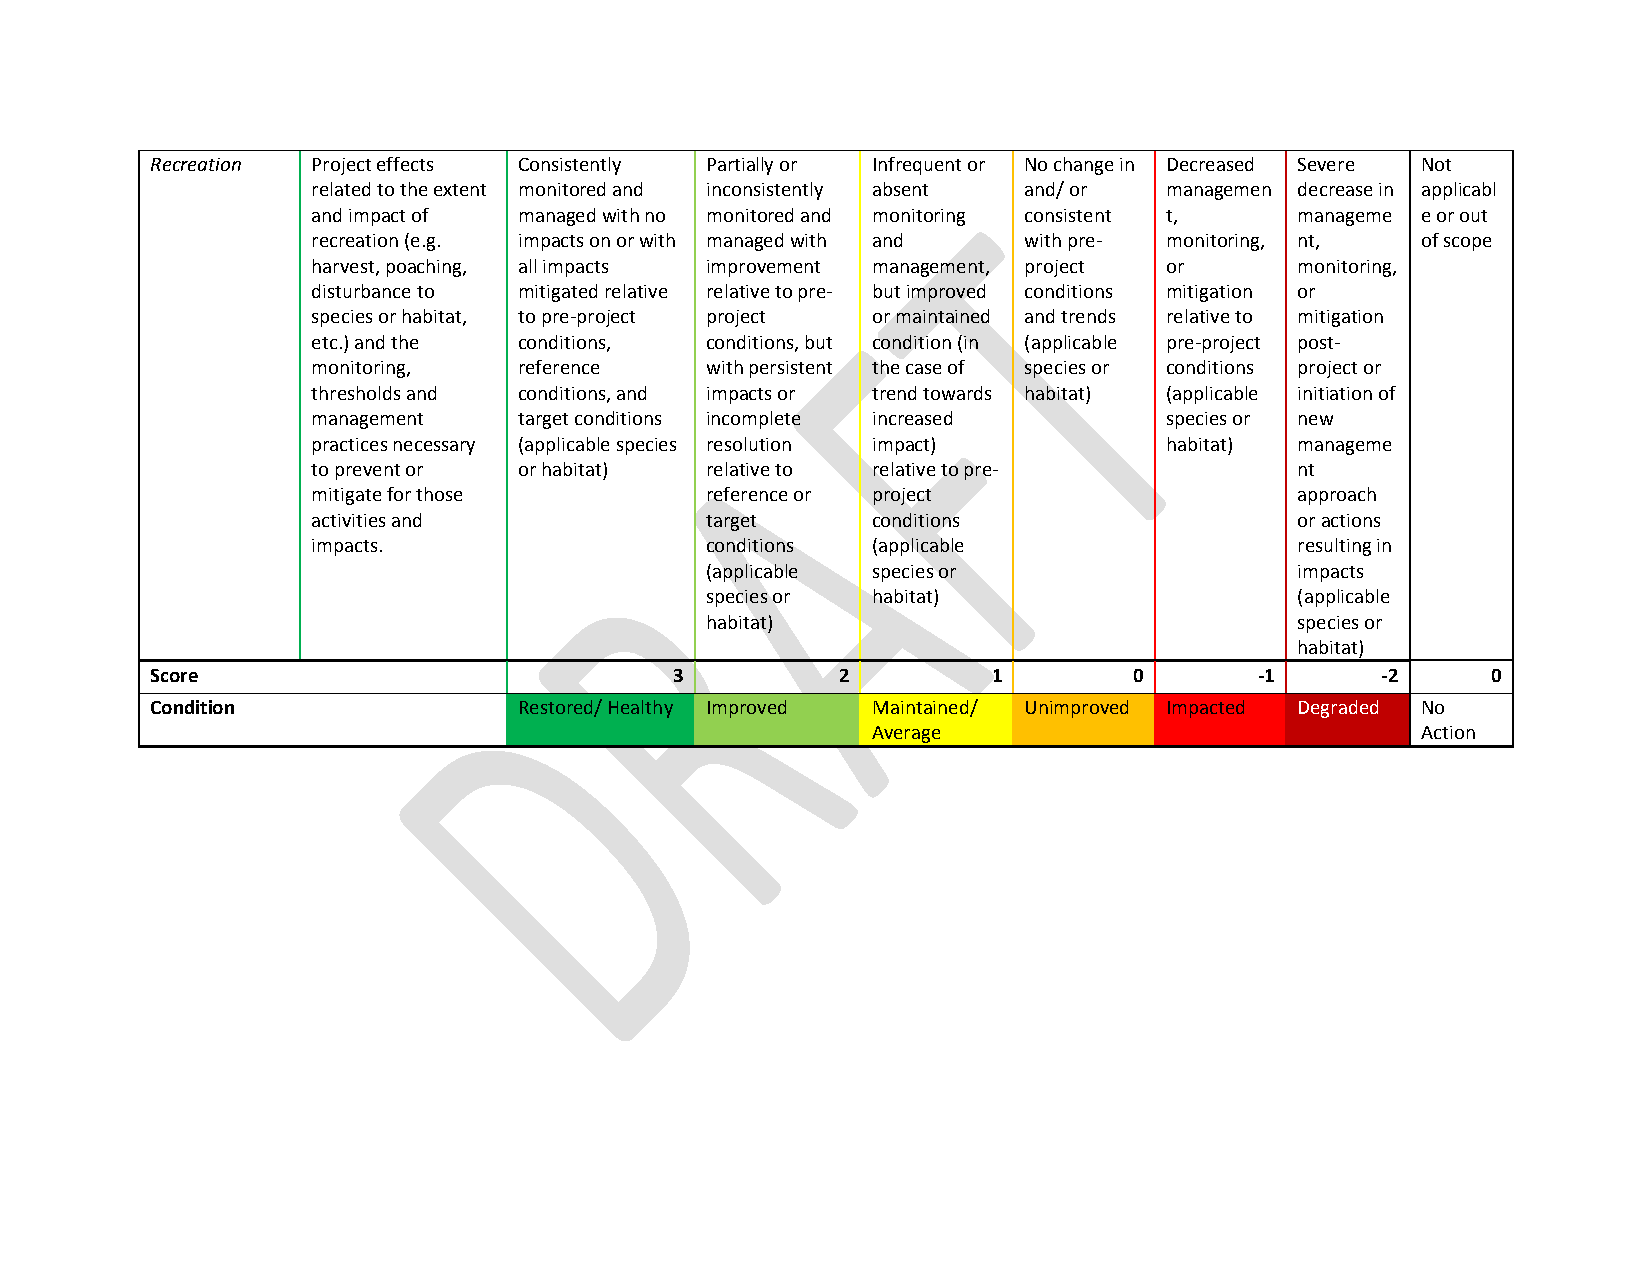
Recreation Project effects Consistently Partially or Infrequent or No change in Decreased Severe Not
 related to the extent monitored and inconsistently absent and/ or managemen decrease in applicabl
 and impact of managed with no monitored and monitoring consistent t, manageme e or out
 recreation (e.g. impacts on or with managed with and with pre- monitoring, nt, of scope
 harvest, poaching, all impacts improvement management, project or monitoring,
 disturbance to mitigated relative relative to pre- but improved conditions mitigation or
 species or habitat, to pre-project project or maintained and trends relative to mitigation
 etc.) and the conditions, conditions, but condition (in (applicable pre-project post-
 monitoring,  reference    with persistent the case of species or conditions project or
 thresholds and conditions, and impacts or trend towards habitat) (applicable initiation of
 management   target conditions incomplete increased     species or new
 practices necessary (applicable species resolution impact) habitat) manageme
 to prevent or or habitat) relative to relative to pre-           nt
 mitigate for those        reference or project                   approach
 activities and            target     conditions                  or actions
 impacts.                  conditions (applicable                 resulting in
 (applicable species or                 impacts
 species or habitat)                    (applicable
 habitat)                               species or
 habitat)
 Score                              3         2          1        0       -1      -2      0
 Condition               Restored/ Healthy Improved Maintained/ Unimproved Impacted Degraded No
 Average                             Action